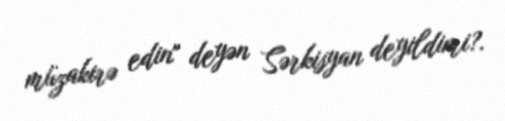
müzakirə edin" deyən Sərkisyan deyildimi?.